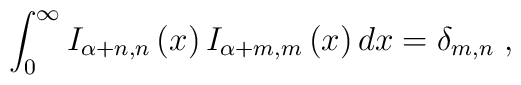
\int_{0}^{\infty }I_{\alpha +n,n}\left( x\right) I_{\alpha +m,m}\left(x\right) dx=\delta _{m,n}\;,